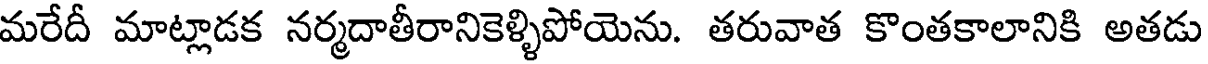
మరేదీ మాట్లాడక నర్మదాతీరానికెళ్ళిపోయెను. తరువాత కొంతకాలానికి అతడు